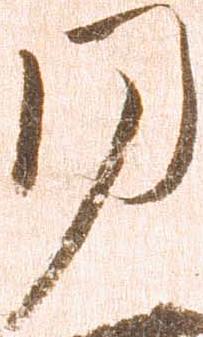
同